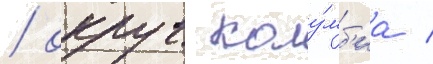
/ округ колу́мб'иа /